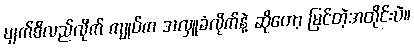
မျက်စိလည်လိုက် ကျုပ်က အလှူခံလိုက်နဲ့ ဆိုတော့ မြင်တဲ့အတိုင်းပဲ။